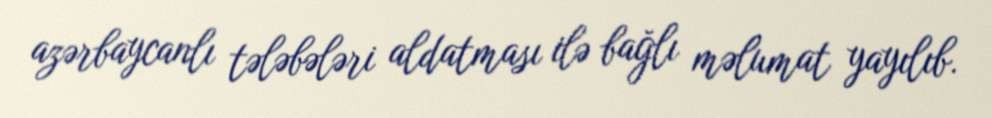
azərbaycanlı tələbələri aldatması ilə bağlı məlumat yayılıb.